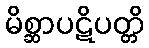
မိစ္ဆာပဋိပတ္တိ